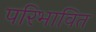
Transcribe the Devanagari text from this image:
परिभावित